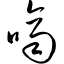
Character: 哜